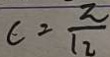
c = \frac { 2 } { 1 2 }